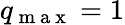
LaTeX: q_{\mathrm{~m~a~x~}}=1